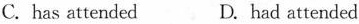
C. has attended D. had attended